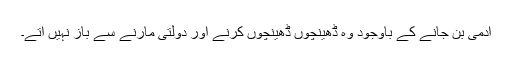
آدمی بن جانے کے باوجود وہ ڈھینچوں ڈھینچوں کرنے اور دولتی مارنے سے باز نہیں آتے۔